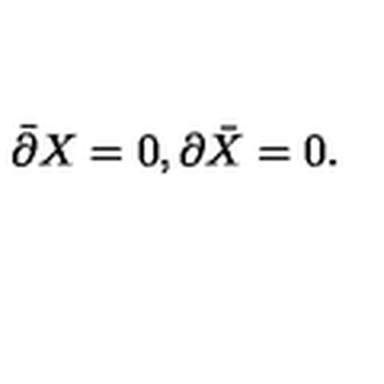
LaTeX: \bar { \partial } X = 0 , \partial \bar { X } = 0 .